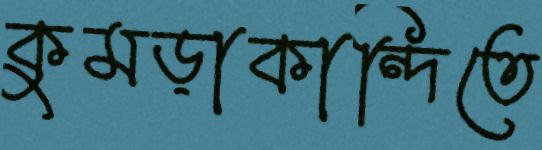
কুমড়াকান্দিতে